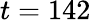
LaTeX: t=142